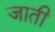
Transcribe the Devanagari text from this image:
जाती